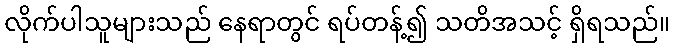
လိုက်ပါသူများသည် နေရာတွင် ရပ်တန့်၍ သတိအသင့် ရှိရသည်။